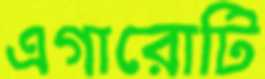
এগারোটি